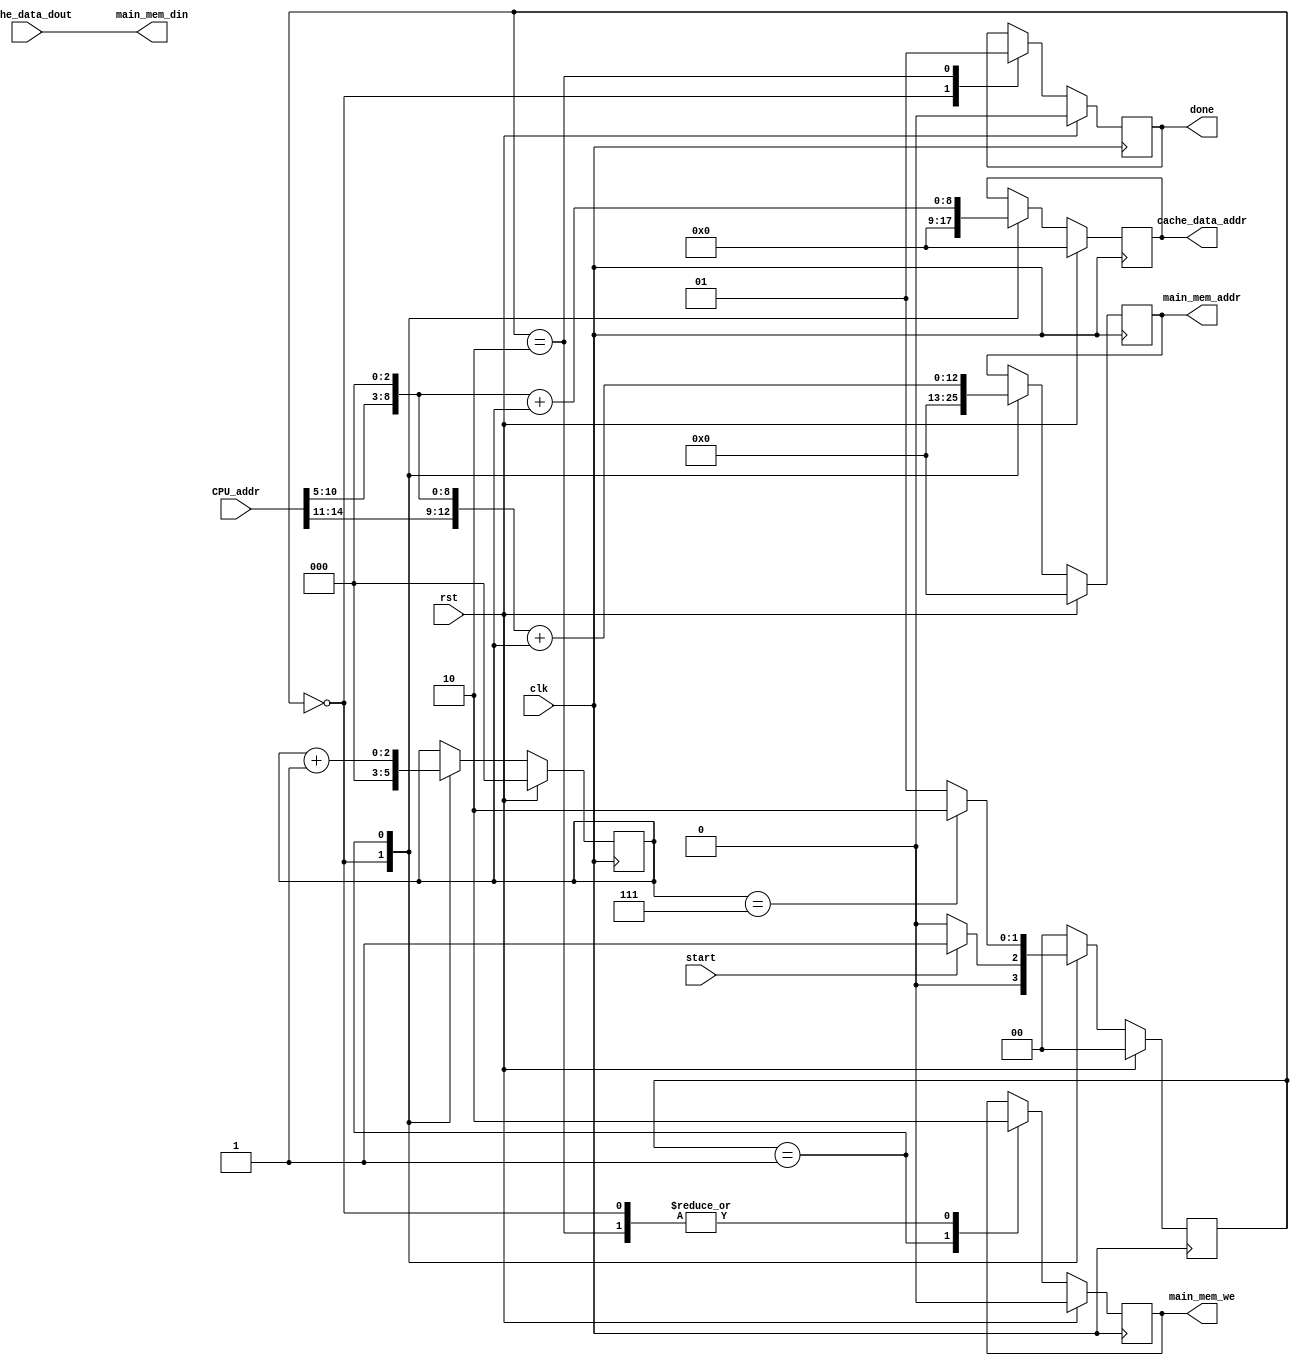
module wback(
input wire          clk,
input wire          rst,
input wire [31:0]   CPU_addr,
output wire [31:0]  main_mem_din,
output reg          main_mem_we,
output reg [12:0]   main_mem_addr,
input wire [31:0]   cache_data_dout,
output reg [8:0]    cache_data_addr,
input wire          start,
output reg          done
    );
    
    reg [1:0]       current_state, next_state;
    reg [2:0]       counter;
    wire [5:0]      CPU_addr_index;
    
    assign CPU_addr_index = CPU_addr[10:5];
    
    assign main_mem_din = cache_data_dout;
    
    localparam  IDLE = 2'd0, TRANSFER = 2'd1, DONE = 2'd2;
    
    /* the first stage */
    always @(posedge clk)
    begin
        if( rst )
            current_state <= IDLE;
        else
            current_state <= next_state;
    end
    
    /* second stage */
    always @(*)
    begin
        next_state = IDLE;
        case( current_state )
        IDLE:   begin
                    if( start )
                        next_state = TRANSFER;
                    else
                        next_state = IDLE;
                end
        TRANSFER:   begin
                        if( counter == 3'b111)
                            next_state = DONE;
                        else
                            next_state = TRANSFER;
                    end
        DONE:   next_state = IDLE;
        default: next_state = IDLE;
        endcase
    end
    
    /* third stage */
    always @(posedge clk)
    begin
        if( rst )
        begin
            done <= 0;
            counter <= 0;
            main_mem_we <= 0;
            main_mem_addr <= 0;
            cache_data_addr <= 0;
        end
        else
        begin
            case( current_state )
            IDLE:   begin
                        done <= 0;
                        counter <= 0;
                        main_mem_we <= 0;
                        main_mem_addr <= 0;
                        cache_data_addr <= 0;
                    end
            TRANSFER:   begin
                            counter <= counter + 1;
                            cache_data_addr <= (CPU_addr_index << 3) + counter;
                            main_mem_we <= 1;
                            main_mem_addr <= (CPU_addr[31:5] << 3) + counter;
                        end
            DONE:   begin
                        main_mem_we <= 0;
                        done <= 1;
                    end
            endcase
        end
    end
    
endmodule